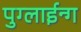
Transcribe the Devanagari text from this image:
पुग्लाईन्ग